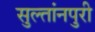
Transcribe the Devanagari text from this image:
सुल्तांनपुरी